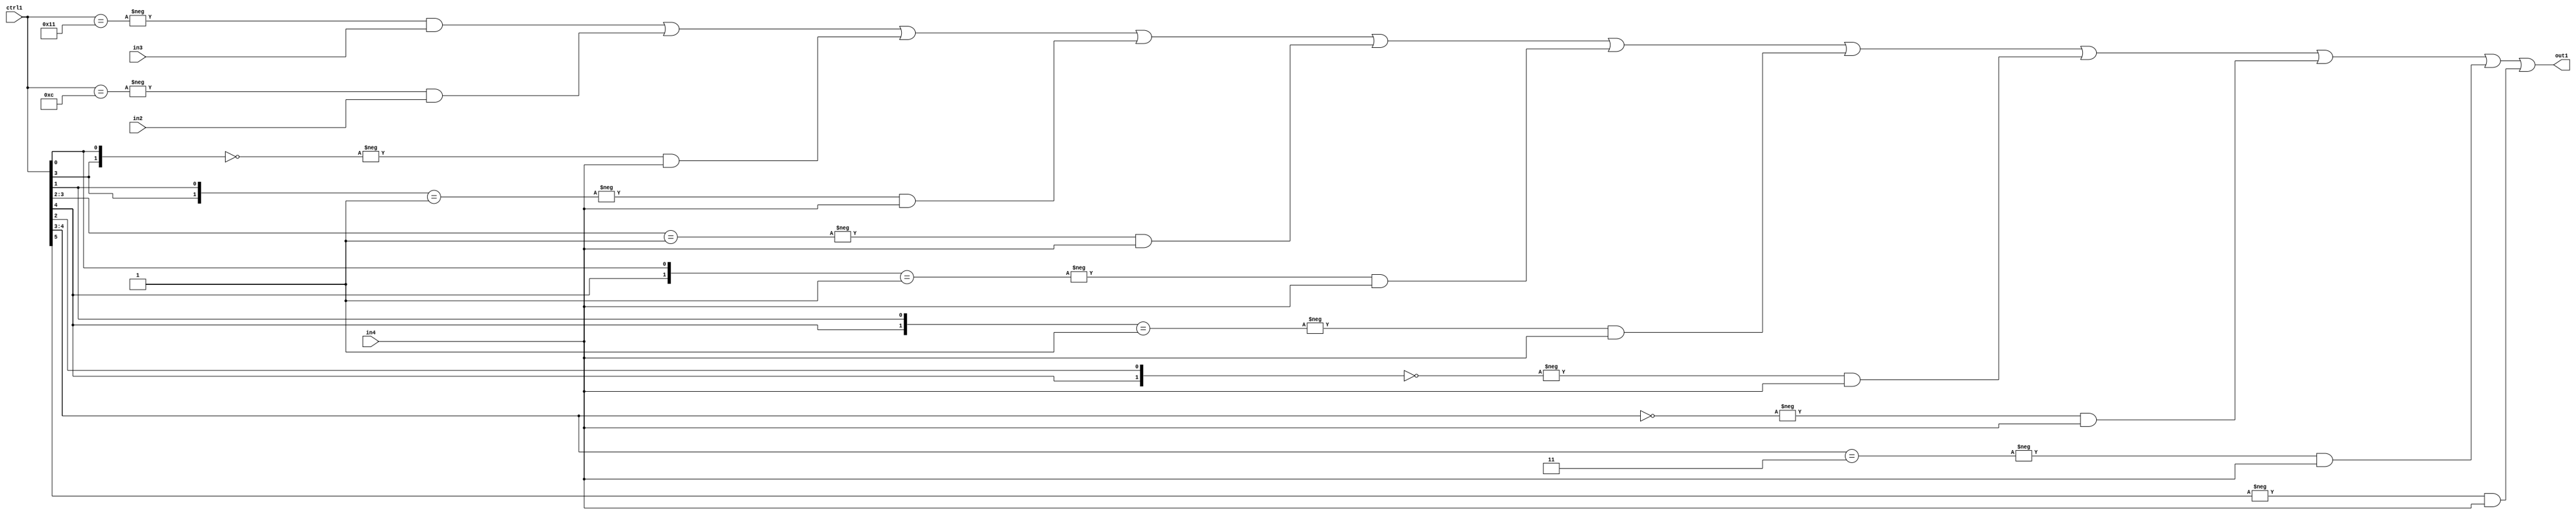
`timescale 1ps / 1ps
/*****************************************************************************
    Verilog RTL Description
    
    
    Created by: Stratus DpOpt 21.05.01 
*******************************************************************************/

module SobelFilter_N_Mux_32_3_91_1 (
	in4,
	in3,
	in2,
	ctrl1,
	out1
	); /* architecture "behavioural" */ 
input [31:0] in4;
input [8:0] in3,
	in2;
input [5:0] ctrl1;
output [31:0] out1;
wire [31:0] asc001;

assign asc001 = 
	-{ctrl1 == 6'B010001} & in3 |
	-{ctrl1 == 6'B001100} & in2 |
	-{{ctrl1[3], ctrl1[0]} == 2'B00} & in4 |
	-{{ctrl1[3], ctrl1[1]} == 2'B01} & in4 |
	-{ctrl1[3:2] == 2'B01} & in4 |
	-{{ctrl1[4], ctrl1[0]} == 2'B01} & in4 |
	-{{ctrl1[4], ctrl1[1]} == 2'B01} & in4 |
	-{{ctrl1[4], ctrl1[2]} == 2'B00} & in4 |
	-{ctrl1[4:3] == 2'B00} & in4 |
	-{ctrl1[4:3] == 2'B11} & in4 |
	-{ctrl1[5] == 1'B1} & in4 ;

assign out1 = asc001;
endmodule

/* CADENCE  vbTwSg0= : u9/ySxbfrwZIxEzHVQQV8Q== ** DO NOT EDIT THIS LINE ******/